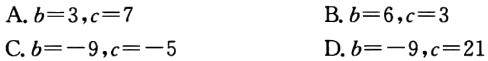
A. \(b = 3,c = 7\)
B. \(b = 6,c = 3\)
C. \(b=-9,c = - 5\)
D. \(b=-9,c = 21\)